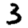
Digit: 3